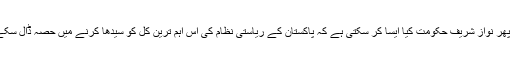
تو پھر نواز شریف حکومت کیا ایسا کر سکتی ہے کہ پاکستان کے ریاستی نظام کی اس اہم ترین کل کو سیدھا کرنے میں حصہ ڈال سکے؟